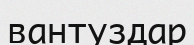
вантуздар